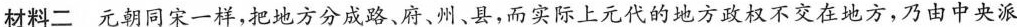
材料二元朝同宋一样，把地方分成路、府、州、县，而实际上元代的地方政权不交在地方，乃由中央派